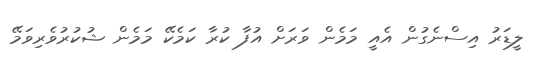
ލީޑަރު އިސްނެގުން އެއީ މަމެން ވަރަށް އުފާ ކުރާ ކަމެކޭ މަމެން ޝުކުރުވެރިވަމޭ